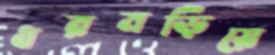
ধরমড়িয়ে